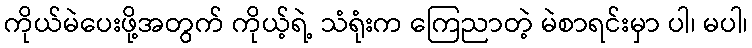
ကိုယ်မဲပေးဖို့အတွက် ကိုယ့်ရဲ့ သံရုံးက ကြေညာတဲ့ မဲစာရင်းမှာ ပါ၊ မပါ၊